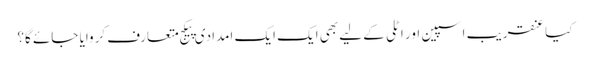
کیا عنقریب اسپین اور اٹلی کے لیے بھی ایک ایک امدادی پیکج متعارف کروایا جائے گا؟